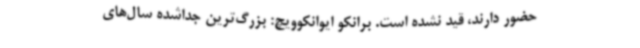
حضور دارند، قید نشده است. برانکو ایوانکوویچ: بزرگ‌ترین جداشده سال‌های